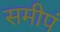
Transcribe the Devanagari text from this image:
समीपं